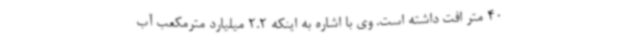
40 متر افت داشته است. وی با اشاره به اینکه 2.2 میلیارد مترمکعب آب